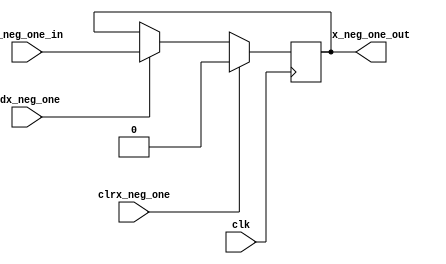
`timescale 1ns/1ns

module flip_flop(clk, x_neg_one_in, clrx_neg_one, ldx_neg_one, x_neg_one_out);
	input wire clk, x_neg_one_in, clrx_neg_one, ldx_neg_one;
	output reg x_neg_one_out;

	always @(posedge clk) begin
		if (clrx_neg_one)
			x_neg_one_out <= 1'b0;
		else if (ldx_neg_one)
			x_neg_one_out <= x_neg_one_in;
		else
			x_neg_one_out <= x_neg_one_out;
	end
endmodule